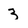
Character: 3